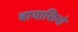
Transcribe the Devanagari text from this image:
बायासिनो